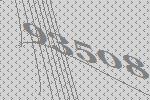
93508